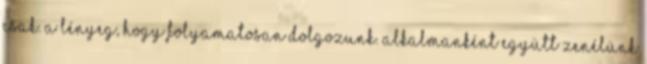
csak. A lényeg, hogy folyamatosan dolgozunk. Alkalmanként együtt zenélünk